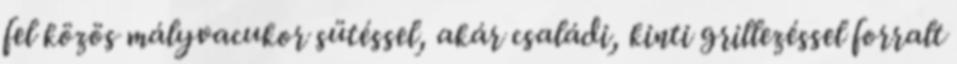
fel közös mályvacukor sütéssel, akár családi, kinti grillezéssel forralt